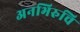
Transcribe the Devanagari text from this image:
अनभिरुचि